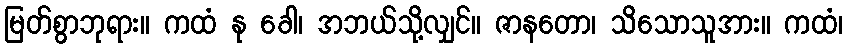
မြတ်စွာဘုရား။ ကထံ နု ခေါ၊ အဘယ်သို့လျှင်။ ဇာနတော၊ သိသောသူအား။ ကထံ၊